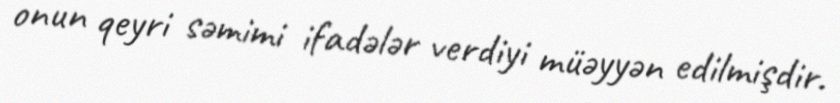
onun qeyri səmimi ifadələr verdiyi müəyyən edilmişdir.